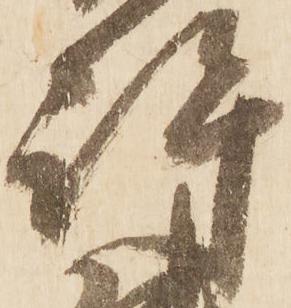
許